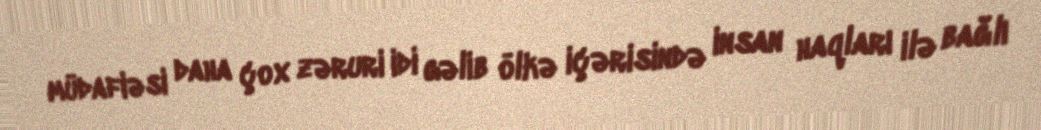
müdafiəsi daha çox zəruri idi gəlib ölkə içərisində insan haqları ilə bağlı